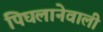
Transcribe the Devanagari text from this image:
पिघलानेवाली